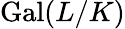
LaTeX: \operatorname{Gal}(L/K)